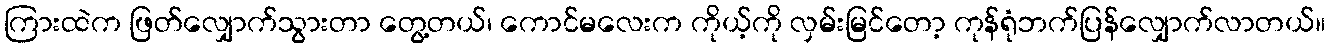
ကြားထဲက ဖြတ်လျှောက်သွားတာ တွေ့တယ်၊ ကောင်မလေးက ကိုယ့်ကို လှမ်းမြင်တော့ ကုန်ရုံဘက်ပြန်လျှောက်လာတယ်။